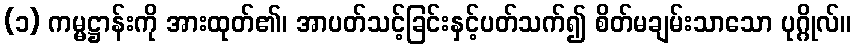
(၁) ကမ္မဋ္ဌာန်းကို အားထုတ်၏၊ အာပတ်သင့်ခြင်းနှင့်ပတ်သက်၍ စိတ်မချမ်းသာသော ပုဂ္ဂိုလ်။